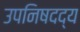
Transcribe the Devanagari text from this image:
उपनिषदद्य